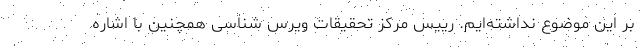
بر این موضوع نداشته‌ایم. رییس مرکز تحقیقات ویرس شناسی همچنین با اشاره